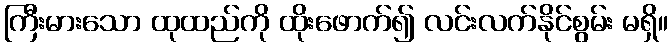
ကြီးမားသော ထုထည်ကို ထိုးဖောက်၍ လင်းလက်နိုင်စွမ်း မရှိ။